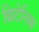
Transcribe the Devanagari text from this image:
ब्रिटेनिक